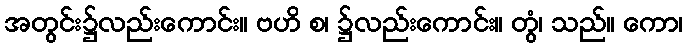
အတွင်း၌လည်းကောင်း။ ဗဟိ စ၊ ၌လည်းကောင်း။ တွံ၊ သည်။ ကော၊